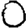
Digit: 0